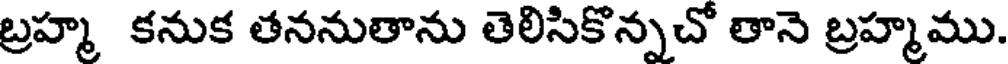
బ్రహ్మ కనుక తననుతాను తెలిసికొన్నచో తానె బ్రహ్మము.